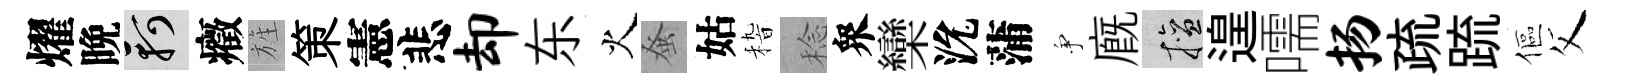
燿晩軻癥旌策憲悲却东火𫊫姑𥟵稔衆欒沇蒲争廐擅遑嚅扬疏䟽傴父